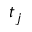
t _ { j }